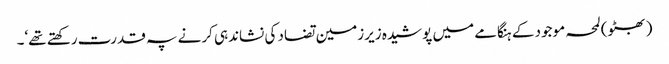
(بھٹو) لمحہ موجود کے ہنگامے میں پوشیدہ زیرزمین تضاد کی نشاندہی کرنے پہ قدرت رکھتے تھے‘۔